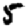
Digit: 5